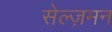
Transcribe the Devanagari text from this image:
सेल्ज़मन